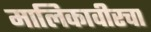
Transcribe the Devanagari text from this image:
मालिकावीरचा